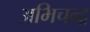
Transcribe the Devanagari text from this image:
अभिचन्द्र